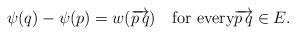
LaTeX: \begin{align*}\psi(q)-\psi(p)=w(\overrightarrow{p\,q})\quad\mbox{for every}\overrightarrow{p\,q}\in E.\end{align*}